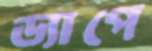
ড্যাপে